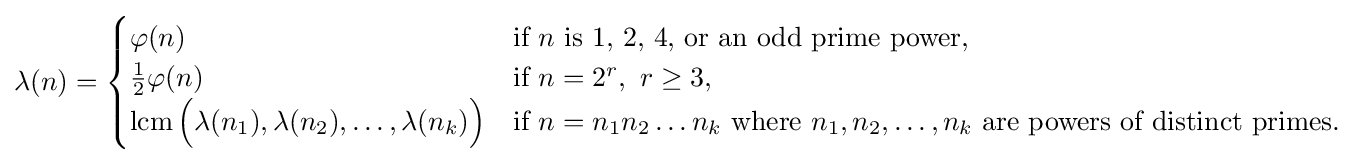
\lambda (n)={\begin{cases}\varphi (n)&{\text{if }}n{\text{ is 1, 2, 4, or an odd prime power,}}\\{\tfrac {1}{2}}\varphi (n)&{\text{if }}n=2^{r},\ r\geq 3,\\\operatorname {lcm} {\Bigl (}\lambda (n_{1}),\lambda (n_{2}),\ldots ,\lambda (n_{k}){\Bigr )}&{\text{if }}n=n_{1}n_{2}\ldots n_{k}{\text{ where }}n_{1},n_{2},\ldots ,n_{k}{\text{ are powers of distinct primes.}}\end{cases}}